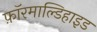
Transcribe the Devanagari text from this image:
फ़ॉरमाल्डिहाइड